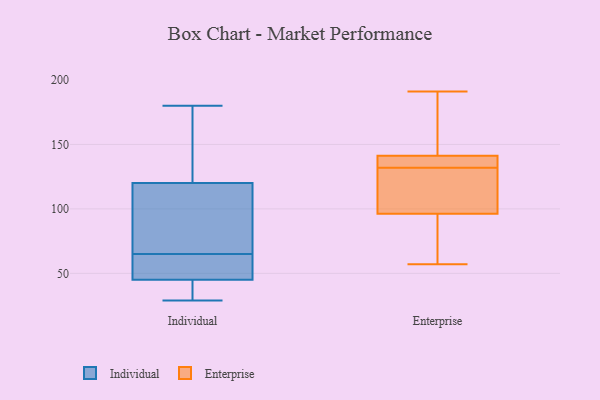
{"axis": {"x": "Backlog", "y": "Value"}, "legend": ["Enterprise", "Individual"], "data": [{"x": "", "y": 45, "type": "Individual"}, {"x": "", "y": 67, "type": "Individual"}, {"x": "", "y": 63, "type": "Individual"}, {"x": "", "y": 120, "type": "Individual"}, {"x": "", "y": 58, "type": "Individual"}, {"x": "", "y": 29, "type": "Individual"}, {"x": "", "y": 37, "type": "Individual"}, {"x": "", "y": 157, "type": "Individual"}, {"x": "", "y": 101, "type": "Individual"}, {"x": "", "y": 180, "type": "Individual"}, {"x": "", "y": 139, "type": "Enterprise"}, {"x": "", "y": 191, "type": "Enterprise"}, {"x": "", "y": 132, "type": "Enterprise"}, {"x": "", "y": 106, "type": "Enterprise"}, {"x": "", "y": 146, "type": "Enterprise"}, {"x": "", "y": 132, "type": "Enterprise"}, {"x": "", "y": 142, "type": "Enterprise"}, {"x": "", "y": 133, "type": "Enterprise"}, {"x": "", "y": 57, "type": "Enterprise"}, {"x": "", "y": 71, "type": "Enterprise"}, {"x": "", "y": 93, "type": "Enterprise"}]}